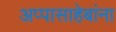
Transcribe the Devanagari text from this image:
अप्पासाहेबांना